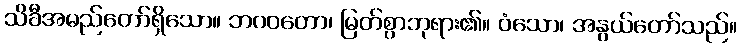
သိခီအမည်တော်ရှိသော။ ဘဂဝတော၊ မြတ်စွာဘုရား၏။ ဝံသော၊ အနွယ်တော်သည်။